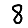
Digit: 8